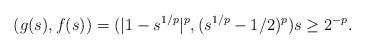
LaTeX: \begin{align*} (g(s),f(s)) = (|1-s^{1/p}|^{p},(s^{1/p}-1/2)^{p}) s \geq 2^{-p}. \end{align*}